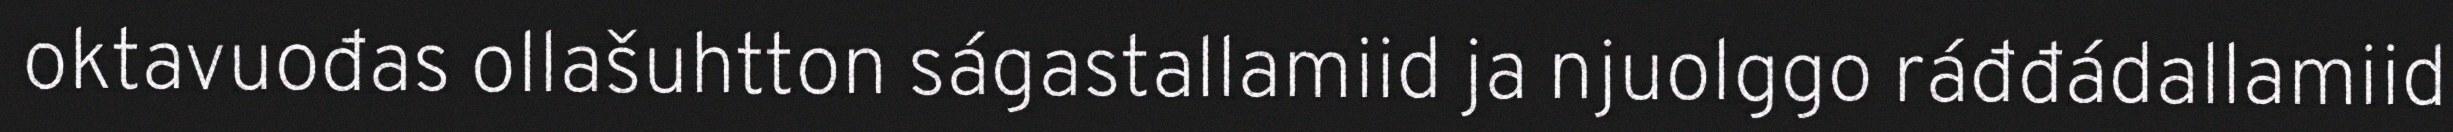
oktavuođas ollašuhtton ságastallamiid ja njuolggo ráđđádallamiid